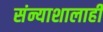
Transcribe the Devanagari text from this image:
संन्याशालाही